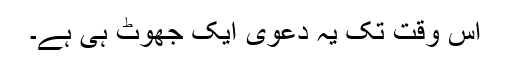
اس وقت تک یہ دعویٰ ایک جھوٹ ہی ہے۔